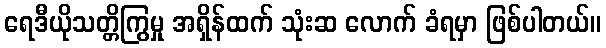
ရေဒီယိုသတ္တိကြွမှု အရှိန်ထက် သုံးဆ လောက် ခံရမှာ ဖြစ်ပါတယ်။